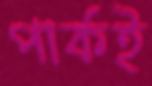
পার্কই